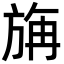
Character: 㫋